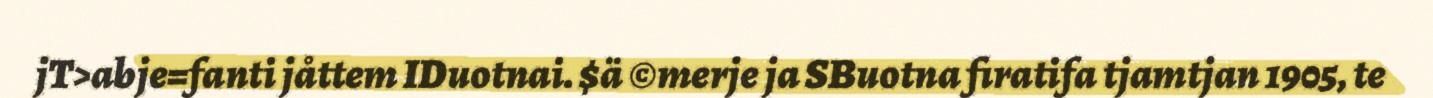
jT>abje=fanti jåttem IDuotnai. $ä ©merje ja SBuotna firatifa tjamtjan 1905, te